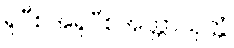
ရူပီစအရူပီစအတ္တာသုတ္တံ